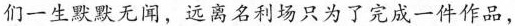
们一生默默无闻，远离名利场只为了完成一件作品